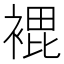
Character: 𮖘